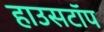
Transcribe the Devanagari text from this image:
हाउसटॉप